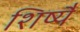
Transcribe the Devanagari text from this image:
शिष्यै